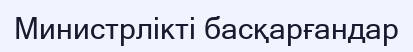
Министрлікті басқарғандар